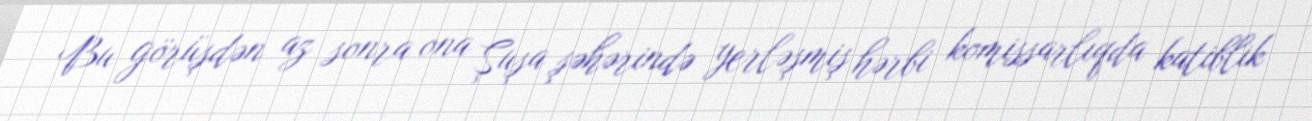
Bu görüşdən az sonra ona Şuşa şəhərində yerləşmiş hərbi komissarlıqda katiblik